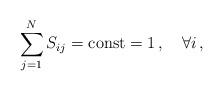
LaTeX: \begin{align*} \sum_{j=1}^N S_{ij} = \mbox{const} =1\,, \quad\forall i\,,\end{align*}